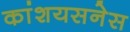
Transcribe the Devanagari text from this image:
कांशयसनेस